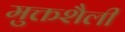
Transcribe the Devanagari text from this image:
मुक्तशैली